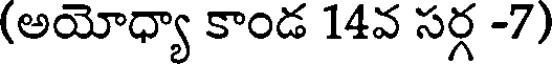
(అయోధ్యా కాండ 14వ సర్గ -7)